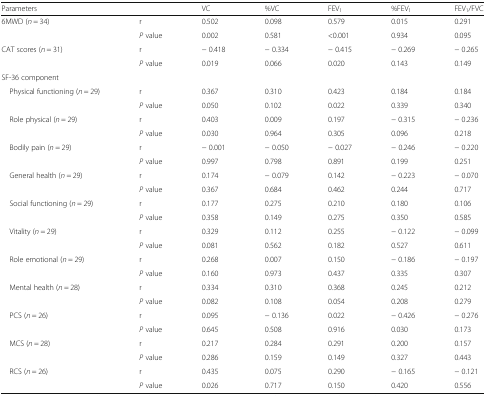
<table><thead><tr><td><b>Parameters</b></td><td></td><td><b>VC</b></td><td><b>%VC</b></td><td><b>FEV<sub>1</sub></b></td><td><b>%FEV<sub>1</sub></b></td><td><b>FEV<sub>1</sub>/FVC</b></td></tr></thead><tbody><tr><td rowspan="2">6MWD (<i>n</i> = 34)</td><td>r</td><td>0.502</td><td>0.098</td><td>0.579</td><td>0.015</td><td>0.291</td></tr><tr><td><i>P</i> value</td><td>0.002</td><td>0.581</td><td>&lt;0.001</td><td>0.934</td><td>0.095</td></tr><tr><td rowspan="2">CAT scores (<i>n</i> = 31)</td><td>r</td><td>− 0.418</td><td>− 0.334</td><td>− 0.415</td><td>− 0.269</td><td>− 0.265</td></tr><tr><td><i>P</i> value</td><td>0.019</td><td>0.066</td><td>0.020</td><td>0.143</td><td>0.149</td></tr><tr><td colspan="7">SF-36 component</td></tr><tr><td rowspan="2"> Physical functioning (<i>n</i> = 29)</td><td>r</td><td>0.367</td><td>0.310</td><td>0.423</td><td>0.184</td><td>0.184</td></tr><tr><td><i>P</i> value</td><td>0.050</td><td>0.102</td><td>0.022</td><td>0.339</td><td>0.340</td></tr><tr><td rowspan="2"> Role physical (<i>n</i> = 29)</td><td>r</td><td>0.403</td><td>0.009</td><td>0.197</td><td>− 0.315</td><td>− 0.236</td></tr><tr><td><i>P</i> value</td><td>0.030</td><td>0.964</td><td>0.305</td><td>0.096</td><td>0.218</td></tr><tr><td rowspan="2"> Bodily pain (<i>n</i> = 29)</td><td>r</td><td>− 0.001</td><td>− 0.050</td><td>− 0.027</td><td>− 0.246</td><td>− 0.220</td></tr><tr><td><i>P</i> value</td><td>0.997</td><td>0.798</td><td>0.891</td><td>0.199</td><td>0.251</td></tr><tr><td rowspan="2"> General health (<i>n</i> = 29)</td><td>r</td><td>0.174</td><td>− 0.079</td><td>0.142</td><td>− 0.223</td><td>− 0.070</td></tr><tr><td><i>P</i> value</td><td>0.367</td><td>0.684</td><td>0.462</td><td>0.244</td><td>0.717</td></tr><tr><td rowspan="2"> Social functioning (<i>n</i> = 29)</td><td>r</td><td>0.177</td><td>0.275</td><td>0.210</td><td>0.180</td><td>0.106</td></tr><tr><td><i>P</i> value</td><td>0.358</td><td>0.149</td><td>0.275</td><td>0.350</td><td>0.585</td></tr><tr><td rowspan="2"> Vitality (<i>n</i> = 29)</td><td>r</td><td>0.329</td><td>0.112</td><td>0.255</td><td>− 0.122</td><td>− 0.099</td></tr><tr><td><i>P</i> value</td><td>0.081</td><td>0.562</td><td>0.182</td><td>0.527</td><td>0.611</td></tr><tr><td rowspan="2"> Role emotional (<i>n</i> = 29)</td><td>r</td><td>0.268</td><td>0.007</td><td>0.150</td><td>− 0.186</td><td>− 0.197</td></tr><tr><td><i>P</i> value</td><td>0.160</td><td>0.973</td><td>0.437</td><td>0.335</td><td>0.307</td></tr><tr><td rowspan="2"> Mental health (<i>n</i> = 28)</td><td>r</td><td>0.334</td><td>0.310</td><td>0.368</td><td>0.245</td><td>0.212</td></tr><tr><td><i>P</i> value</td><td>0.082</td><td>0.108</td><td>0.054</td><td>0.208</td><td>0.279</td></tr><tr><td rowspan="2"> PCS (<i>n</i> = 26)</td><td>r</td><td>0.095</td><td>− 0.136</td><td>0.022</td><td>− 0.426</td><td>− 0.276</td></tr><tr><td><i>P</i> value</td><td>0.645</td><td>0.508</td><td>0.916</td><td>0.030</td><td>0.173</td></tr><tr><td rowspan="2"> MCS (<i>n</i> = 28)</td><td>r</td><td>0.217</td><td>0.284</td><td>0.291</td><td>0.200</td><td>0.157</td></tr><tr><td><i>P</i> value</td><td>0.286</td><td>0.159</td><td>0.149</td><td>0.327</td><td>0.443</td></tr><tr><td rowspan="2"> RCS (<i>n</i> = 26)</td><td>r</td><td>0.435</td><td>0.075</td><td>0.290</td><td>− 0.165</td><td>− 0.121</td></tr><tr><td><i>P</i> value</td><td>0.026</td><td>0.717</td><td>0.150</td><td>0.420</td><td>0.556</td></tr></tbody></table>